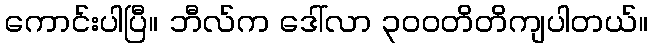
ကောင်းပါပြီ။ ဘီလ်က ဒေါ်လာ ၃၀၀တိတိကျပါတယ်။